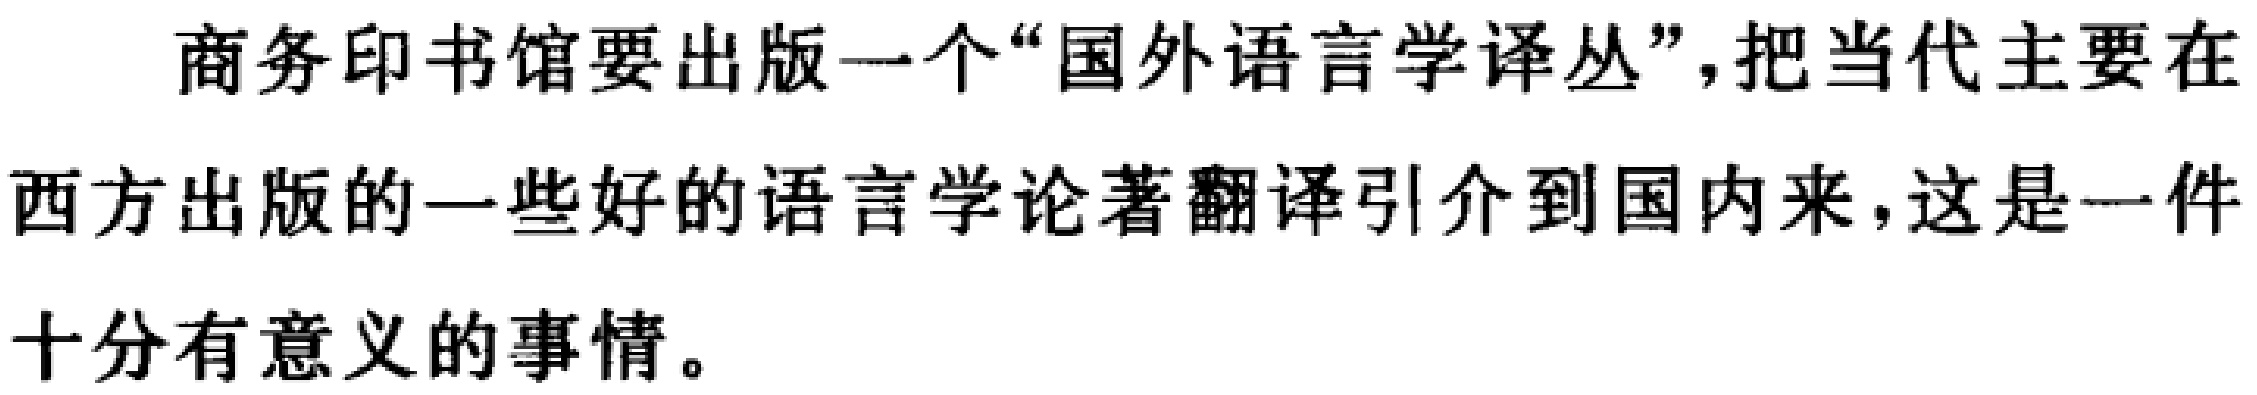
商务印书馆要出版一个“国外语言学译丛”，把当代主要在西方出版的一些好的语言学论著翻译引介到国内来，这是一件十分有意义的事情。